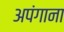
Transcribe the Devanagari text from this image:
अपंगाना